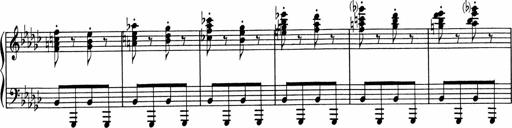
Title: Sonatine pour piano
Composer: Albert Roussel